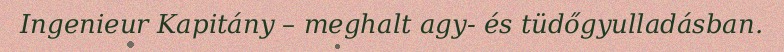
Ingenieur Kapitány – meghalt agy- és tüdőgyulladásban.